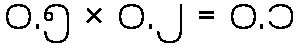
၀.၅ × ၀.၂ = ၀.၁